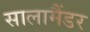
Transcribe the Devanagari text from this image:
सालामैंडर